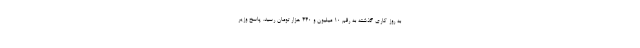
به روز کاری گذشته به رقم ۱۰ میلیون و ۴۴۰ هزار تومان رسید. پاسخ وزیر